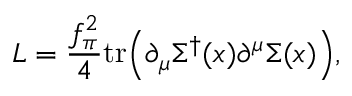
{ \cal L } = \frac { f _ { \pi } ^ { 2 } } { 4 } \mathrm { t r } \Bigl ( \partial _ { \mu } \Sigma ^ { \dagger } ( x ) \partial ^ { \mu } \Sigma ( x ) \Bigr ) , \nonumber